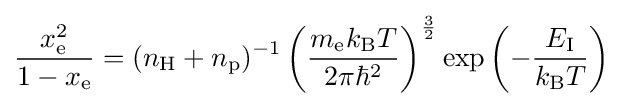
{\frac {x_{\text{e}}^{2}}{1-x_{\text{e}}}}=(n_{\text{H}}+n_{\text{p}})^{-1}\left({\frac {m_{\text{e}}k_{\text{B}}T}{2\pi \hbar ^{2}}}\right)^{\frac {3}{2}}\exp \left(-{\frac {E_{\text{I}}}{k_{\text{B}}T}}\right)